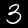
Label: 3